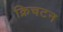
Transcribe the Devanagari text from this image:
क्रिचटन